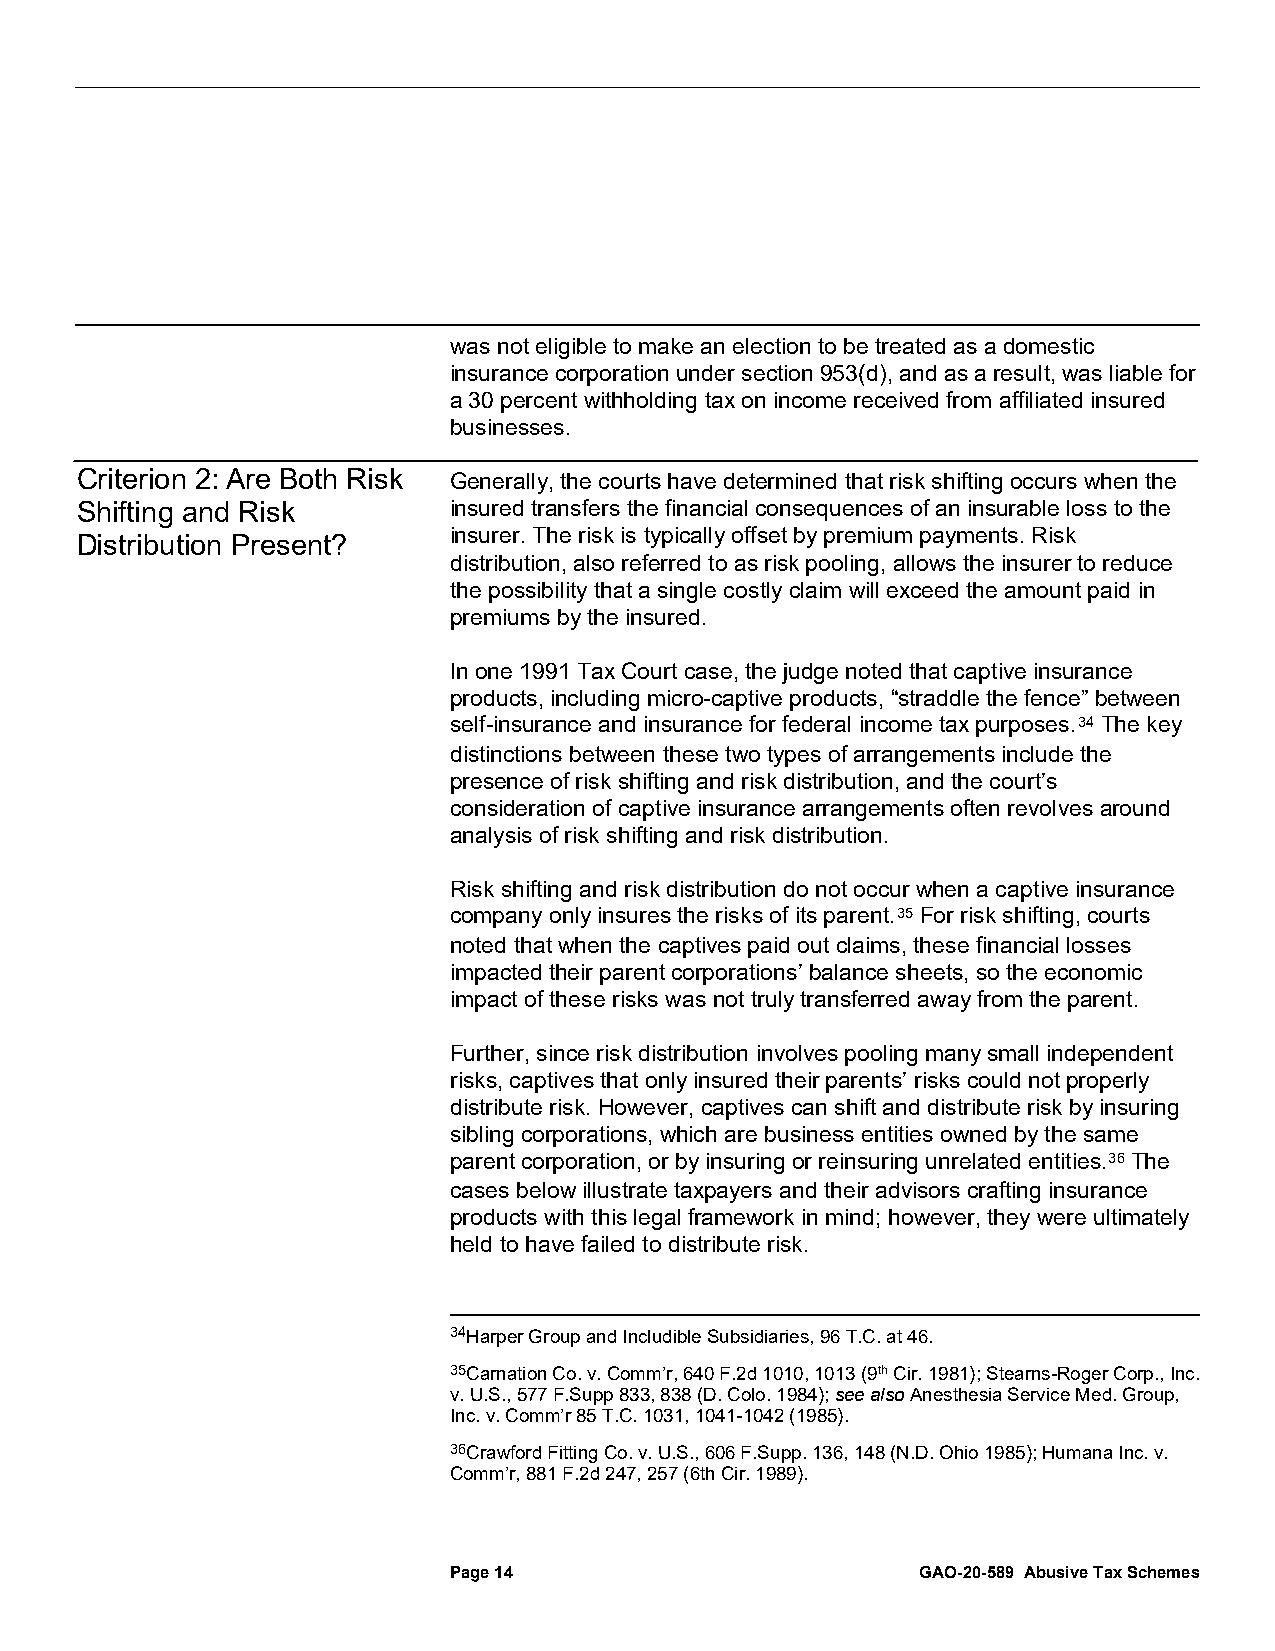
was not eligible to make an election to be treated as a domestic
 insurance corporation under section 953(d), and as a result, was liable for
 a 30 percent withholding tax on income received from affiliated insured
 businesses.
 Criterion 2: Are Both Risk Generally, the courts have determined that risk shifting occurs when the
 Shifting and Risk        insured transfers the financial consequences of an insurable loss to the
 insurer. The risk is typically offset by premium payments. Risk
 Distribution Present?
 distribution, also referred to as risk pooling, allows the insurer to reduce
 the possibility that a single costly claim will exceed the amount paid in
 premiums by the insured.
 In one 1991 Tax Court case, the judge noted that captive insurance
 products, including micro-captive products, “straddle the fence” between
 self-insurance and insurance for federal income tax purposes.34 The key
 distinctions between these two types of arrangements include the
 presence of risk shifting and risk distribution, and the court’s
 consideration of captive insurance arrangements often revolves around
 analysis of risk shifting and risk distribution.
 Risk shifting and risk distribution do not occur when a captive insurance
 company only insures the risks of its parent.35 For risk shifting, courts
 noted that when the captives paid out claims, these financial losses
 impacted their parent corporations’ balance sheets, so the economic
 impact of these risks was not truly transferred away from the parent.
 Further, since risk distribution involves pooling many small independent
 risks, captives that only insured their parents’ risks could not properly
 distribute risk. However, captives can shift and distribute risk by insuring
 sibling corporations, which are business entities owned by the same
 parent corporation, or by insuring or reinsuring unrelated entities.36 The
 cases below illustrate taxpayers and their advisors crafting insurance
 products with this legal framework in mind; however, they were ultimately
 held to have failed to distribute risk.
 34Harper Group and Includible Subsidiaries, 96 T.C. at 46.
 35Carnation Co. v. Comm’r, 640 F.2d 1010, 1013 (9th Cir. 1981); Stearns-Roger Corp., Inc.
 v. U.S., 577 F.Supp 833, 838 (D. Colo. 1984); see also Anesthesia Service Med. Group,
 Inc. v. Comm’r 85 T.C. 1031, 1041-1042 (1985).
 36Crawford Fitting Co. v. U.S., 606 F.Supp. 136, 148 (N.D. Ohio 1985); Humana Inc. v.
 Comm’r, 881 F.2d 247, 257 (6th Cir. 1989).
 Page 14                        GAO-20-589 Abusive Tax Schemes